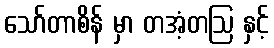
သော်တာစိန် မှာ တအံ့တဩ နှင့်